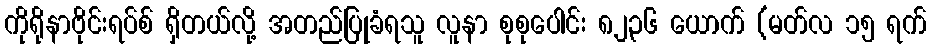
ကိုရိုနာဗိုင်းရပ်စ် ရှိတယ်လို့ အတည်ပြုခံရသူ လူနာ စုစုပေါင်း ၈၂၃၆ ယောက် (မတ်လ ၁၅ ရက်